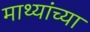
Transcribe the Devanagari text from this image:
माथ्यांच्या